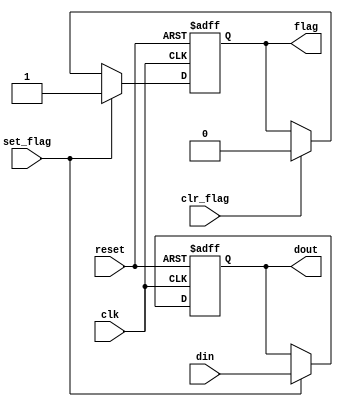
`timescale 1ns / 1ps
////////////////////////////////////////////////
// Name : Abdul Basit
// CMS: 041-18-0014
// DSD Project Flag_buf 
////////////////////////////////////////////////
module flag_buf#(parameter W = 8) // # buffer bits
( clk, reset,clr_flag, set_flag,din,flag,dout); 

//ports 
input wire clk, reset;
input wire clr_flag, set_flag;
input wire [W-1:0] din; 
output wire flag;
output wire [W-1:0] dout;
// signal declaration 
reg [W-1 : 0] buf_reg, buf_next ; 
reg flag_reg , flag_next ; 

 // body 
 // FF & register 
always @ (posedge clk , posedge reset) 
    if (reset)
        begin 
            buf_reg <= 0; 
            flag_reg <= 1'b0;
        end 
        else 
            begin 
                buf_reg <= buf_next ; 
                flag_reg <= flag_next ; 
            end 
         // next-state logic 
         always @(*) 
            begin 
                buf_next = buf_reg; 
                flag_next = flag_reg; 
                if (set_flag) 
                    begin  
                        buf_next = din; 
                        flag_next = 1'b1; 
                    end 
                    
                else if (clr_flag) 
                    flag_next = 1'b0; 
            end // output logic 
            
            assign dout = buf_reg; 
            assign flag = flag_reg; 


endmodule